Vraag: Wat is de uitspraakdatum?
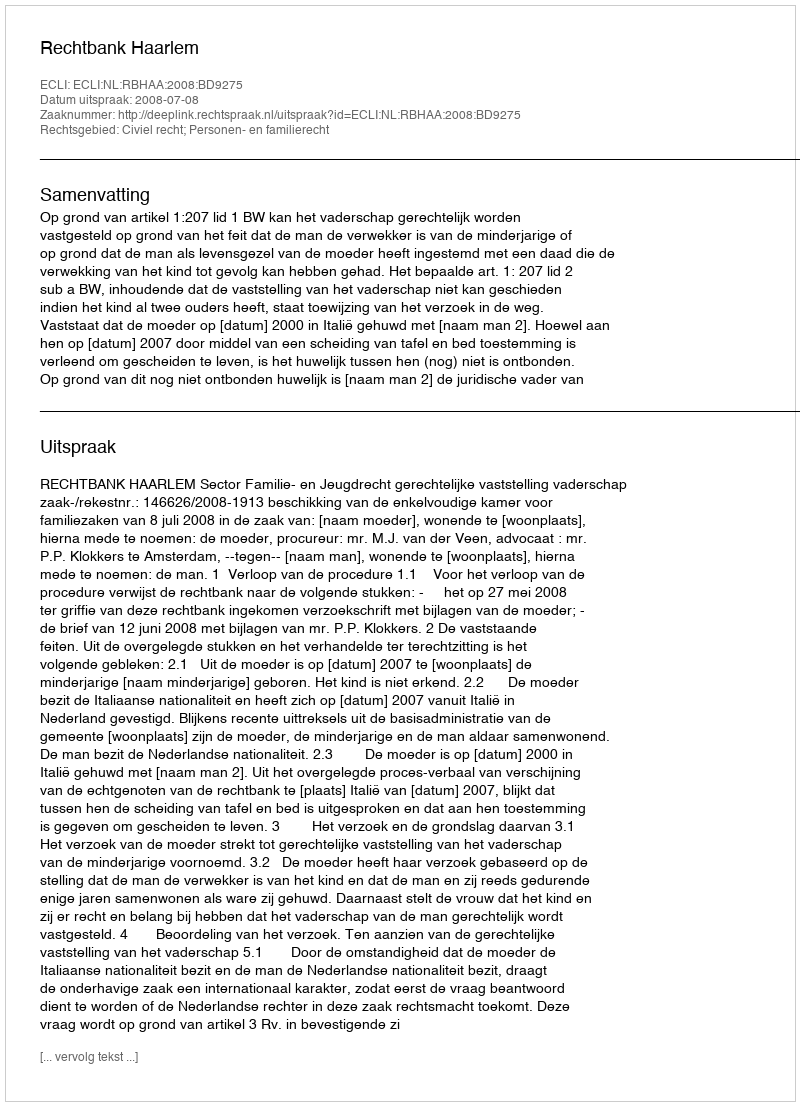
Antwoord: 2008-07-08